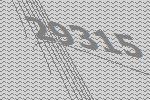
29315